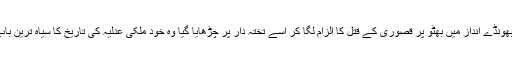
جس بھونڈے انداز میں بھٹو پر قصوری کے قتل کا الزام لگا کر اسے تختہ دار پر چڑھایا گیا وہ خود ملکی عدلیہ کی تاریخ کا سیاہ ترین باب ہے۔